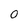
Character: 0